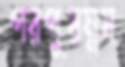
পরপুরম্নষ